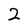
Character: 2